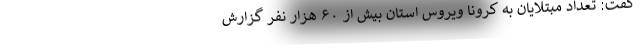
گفت: تعداد مبتلایان به کرونا ویروس استان بیش از ۶۰ هزار نفر گزارش